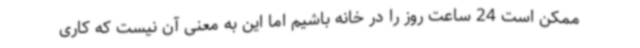
ممکن است 24 ساعت روز را در خانه باشیم اما این به معنی آن نیست که کاری